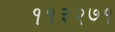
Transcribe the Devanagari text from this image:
११३२७१